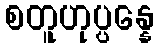
စတူဟုပ္ပန္နေ